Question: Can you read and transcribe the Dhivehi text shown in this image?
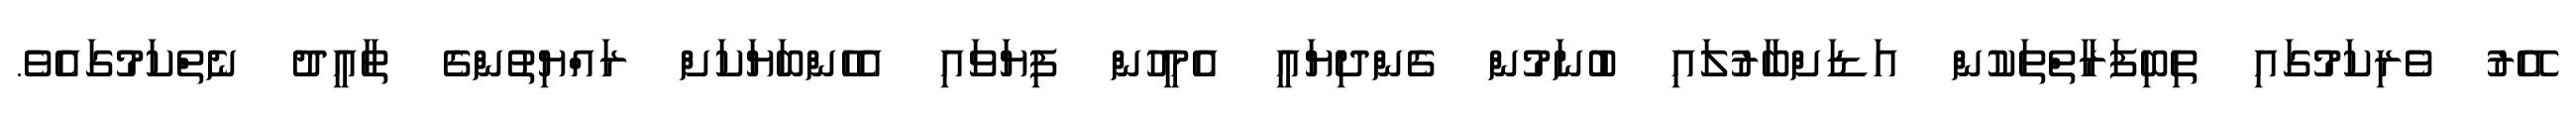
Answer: އޭރު ވެރިކަމުގައި ތިބިފަރާތްތަކުން އަޑަށްބާރުލައި ބުނަމުން ގެންދިޔައީ އެމީހުން ފިޔަވައި އެހެންބަޔަކަށް ރައްޔިތުންގެ ތާއީދު ނެތްކަމުގައެވެ.